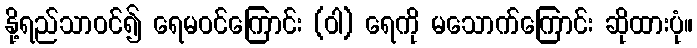
နို့ရည်သာဝင်၍ ရေမဝင်ကြောင်း (ဝါ) ရေကို မသောက်ကြောင်း ဆိုထားပုံ။